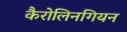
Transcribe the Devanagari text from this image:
कैरोलिनगियन